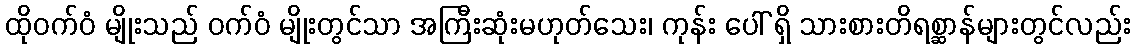
ထိုဝက်ဝံ မျိုးသည် ဝက်ဝံ မျိုးတွင်သာ အကြီးဆုံးမဟုတ်သေး၊ ကုန်း ပေါ် ရှိ သားစားတိရစ္ဆာန်များတွင်လည်း